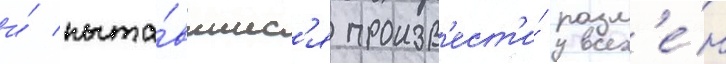
и́ пыта́вшиес'я произв'ест'и́ разм'е́н